Report on the bubonic plague in Bombay, 1896-1897
Year: 1896
Disease focus: Plague
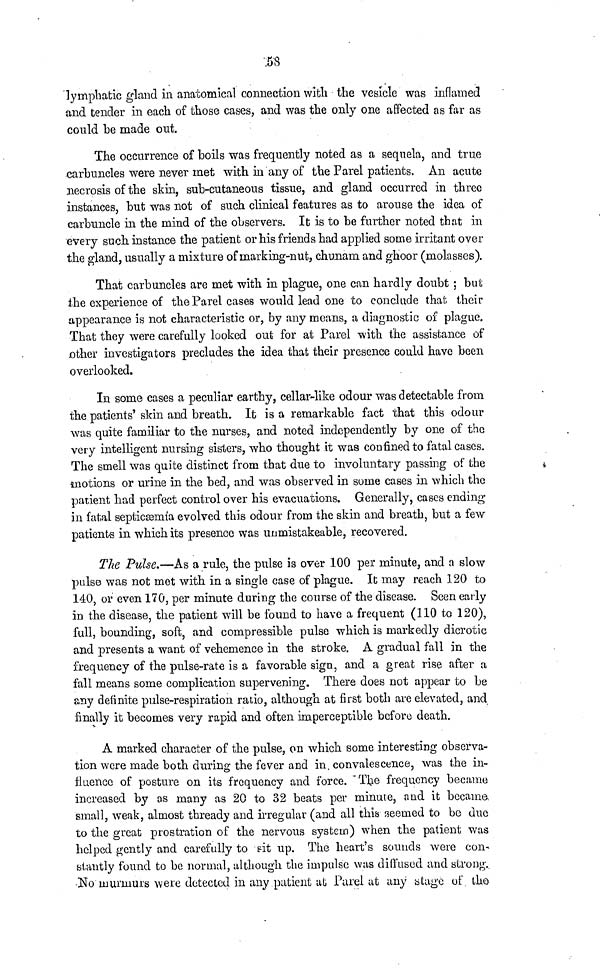
58
lymphatic gland in anatomical connection with the vesicle was inflamed
and tender in each of those cases, and was the only one affected as far as
could be made ont.
The occurrence of boils was frequently noted as a sequela, and true
carbuncles were never met with in any of the Parel patients. An acute
necrosis of the skin, sub-cutaneous tissue, and gland occurred in three
instances, but was not of such clinical features as to arouse the idea of
carbuncle in the mind of the observers. It is to be further noted that in
every such instance the patient or his friends had applied some irritant over
the gland, usually a mixture of marking-nut, chunam and ghoor (molasses).
That carbuncles are met with in plague, one can hardly doubt ; but
the experience of the Parel cases would lead one to conclude that their
appearance is not characteristic or, by any means, a diagnostic of plague.
That they were carefully looked out for at Parel with the assistance of
other investigators precludes the idea that their presence could have been
overlooked.
In some cases a peculiar earthy, cellar-like odour was detectable from
the patients' skin and breath. It is a remarkable fact that this odour
was quite familiar to the nurses, and noted independently by one of the
very intelligent nursing sisters, who thought it was confined to fatal cases.
The smell was quite distinct from that due to involuntary passing of the
motions or urine in the bed, and was observed in some cases in which the
patient had perfect control over his evacuations. Generally, cases ending
in fatal septicæmia evolved this odour from the skin and breath, but a few
patients in which its presence was unmistakeable, recovered.
The Pulse.—As a rule, the pulse is over 100 per minute, and a slow
pulse was not met with in a single case of plague. It may reach 120 to
140, or even 170, per minute during the course of the disease. Seen early
in the disease, the patient will be found to have a frequent (110 to 120),
full, bounding, soft, and compressible pulse which is markedly dicrotic
and presents a want of vehemence in the stroke. A gradual fall in the
frequency of the pulse-rate is a favorable sign, and a great rise after a
fall means some complication supervening. There does not appear to be
any definite pulse-respiration ratio, although at first both are elevated, and
finally it becomes very rapid and often imperceptible before death.
A marked character of the pulse, on which some interesting observa-
tion were made both during the fever and in convalescence, was the in-
fluence of posture on its frequency and force. The frequency became
increased by as many as 20 to 32 beats per minute, and it became
small, weak, almost thready and irregular (and all this seemed to be due
to the great prostration of the nervous system) when the patient was
helped gently and carefully to sit up. The heart's sounds were con
stantly found to be normal, although the impulse was diffused and strong.
No murmurs were detected in any patient at Parel at any stage of the